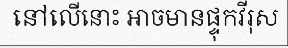
នៅលើនោះ អាចមានផ្ទុកវីរុស